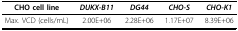
<table><thead><tr><td><b>CHO cell line</b></td><td><b><i>DUKX-B11</i></b></td><td><b><i>DG44</i></b></td><td><b><i>CHO-S</i></b></td><td><b><i>CHO-K1</i></b></td></tr></thead><tbody><tr><td>Max. VCD (cells/mL)</td><td>2.00E+06</td><td>2.28E+06</td><td>1.17E+07</td><td>8.39E+06</td></tr></tbody></table>